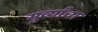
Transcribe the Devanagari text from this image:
सुर्व्यांचा